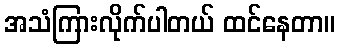
အသံကြားလိုက်ပါတယ် ထင်နေတာ။